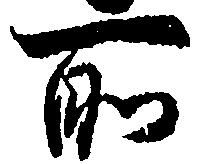
所